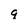
Character: q